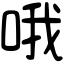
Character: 哦